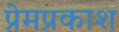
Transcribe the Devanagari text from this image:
प्रेमप्रकाश